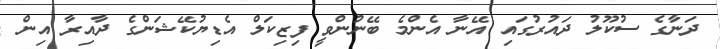
ދަނާގެ ސުކޫލު ދައުރުގައި އޭނާ އެންމެ ބޭނުންވީ ފިޒިކަލް އެޑިޔުކޭޝަންގެ ދާއިރާ އިން